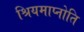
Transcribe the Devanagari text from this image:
श्रियमाप्नोति